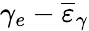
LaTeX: \gamma_{e}-\overline{{\varepsilon}}_{\gamma}